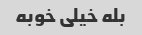
بله خیلی خوبه